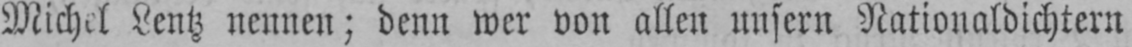
Michel Lentz nennen; denn wer von allen unsern Nationaldichtern